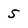
Character: 5